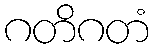
ဂတိဂတံ